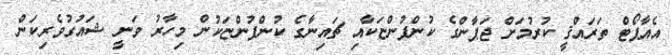
އެއާޕޯޓް ތަރައްޤީ ކުރުމަށް ޖަޕާންގެ ކުންފުންޏަކާއި ޗައިނާގެ ކުންފުންޏަކުން މިހާރު ވަނީ ޝައުގުވެރިކަން